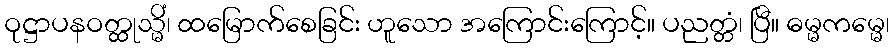
ဝုဋ္ဌာပနဝတ္ထုသ္မိံ၊ ထမြောက်စေခြင်း ဟူသော အကြောင်းကြောင့်။ ပညတ္တံ၊ ပြီ။ ဓမ္မကမ္မေ၊